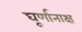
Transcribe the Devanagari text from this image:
घूर्णानाक्ष